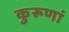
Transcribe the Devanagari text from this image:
कुरूणां